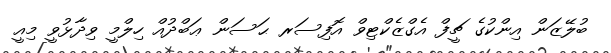
ބުލޭޒަން އިންކުގެ ޗީފް އެގްޒެކްޓިވް އޮފިސަރ ޙަސަން ޢަބްދުއް ހިލްމީ ވިދާޅުވީ މިއީ